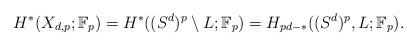
LaTeX: \begin{align*} H^{\ast}(X_{d,p};\mathbb{F}_p)=H^{\ast}((S^{d})^p\setminus L;\mathbb{F}_p)=H_{pd-\ast}((S^{d})^p, L;\mathbb{F}_p).\end{align*}